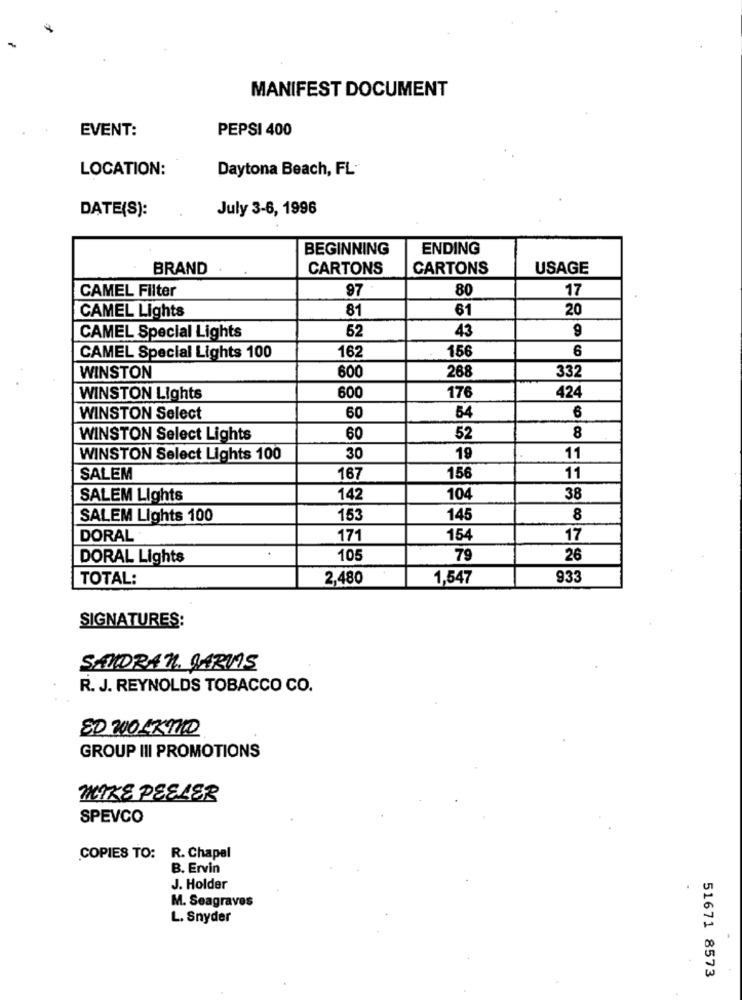
MANIFEST DOCUMENT
EVENT:
PEPSI 400
LOCATION:
Daytona Beach, FL-
July 3-6, 1996
DATE(S):
BEGINNING
ENDING
BRAND
CARTONS
CARTONS
USAGE
CAMEL Filter
97 .
80
17
61
20
CAMEL Lights
81
52
43
9
CAMEL Special Lights
156
6
CAMEL Special Lights 100
162
268
332
WINSTON
600
WINSTON Lights
600
176
424
6
WINSTON Select
60
54
WINSTON Select Lights
60
52
8
WINSTON Select Lights 100
30
19
11
SALEM
167
156
11
SALEM Lights
142
104
38
SALEM Lights 100
153
145
8
DORAL
171
154
17
DORAL Lights
105
79
26
TOTAL:
2,480
1,547
933
SIGNATURES:
SANDRAN. JARVIS
R. J. REYNOLDS TOBACCO CO.
ED WOLK90
GROUP III PROMOTIONS
MIKE PEELER
SPEVCO
COPIES TO: R. Chapel
B. Ervin
J. Holder
M. Seagraves
L. Snyder
51671 8573